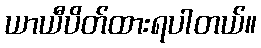
ယာယီပိတ်ထားရပါတယ်။